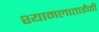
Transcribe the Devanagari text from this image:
श्यामलाताईंनी